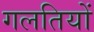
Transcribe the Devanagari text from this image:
गलतियों